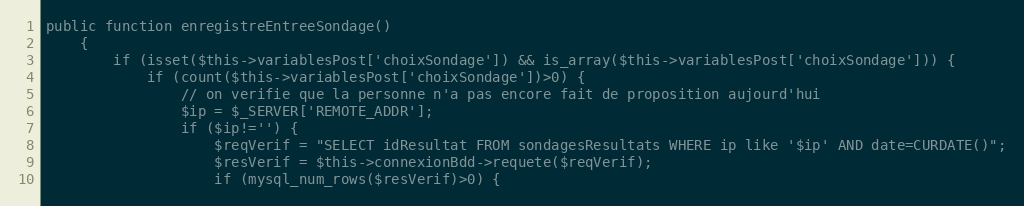
Language: PHP
public function enregistreEntreeSondage()
	{
		if (isset($this->variablesPost['choixSondage']) && is_array($this->variablesPost['choixSondage'])) {
			if (count($this->variablesPost['choixSondage'])>0) {
				// on verifie que la personne n'a pas encore fait de proposition aujourd'hui
				$ip = $_SERVER['REMOTE_ADDR'];
				if ($ip!='') {
					$reqVerif = "SELECT idResultat FROM sondagesResultats WHERE ip like '$ip' AND date=CURDATE()";
					$resVerif = $this->connexionBdd->requete($reqVerif);
					if (mysql_num_rows($resVerif)>0) {